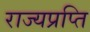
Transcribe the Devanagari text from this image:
राज्यप्रप्ति